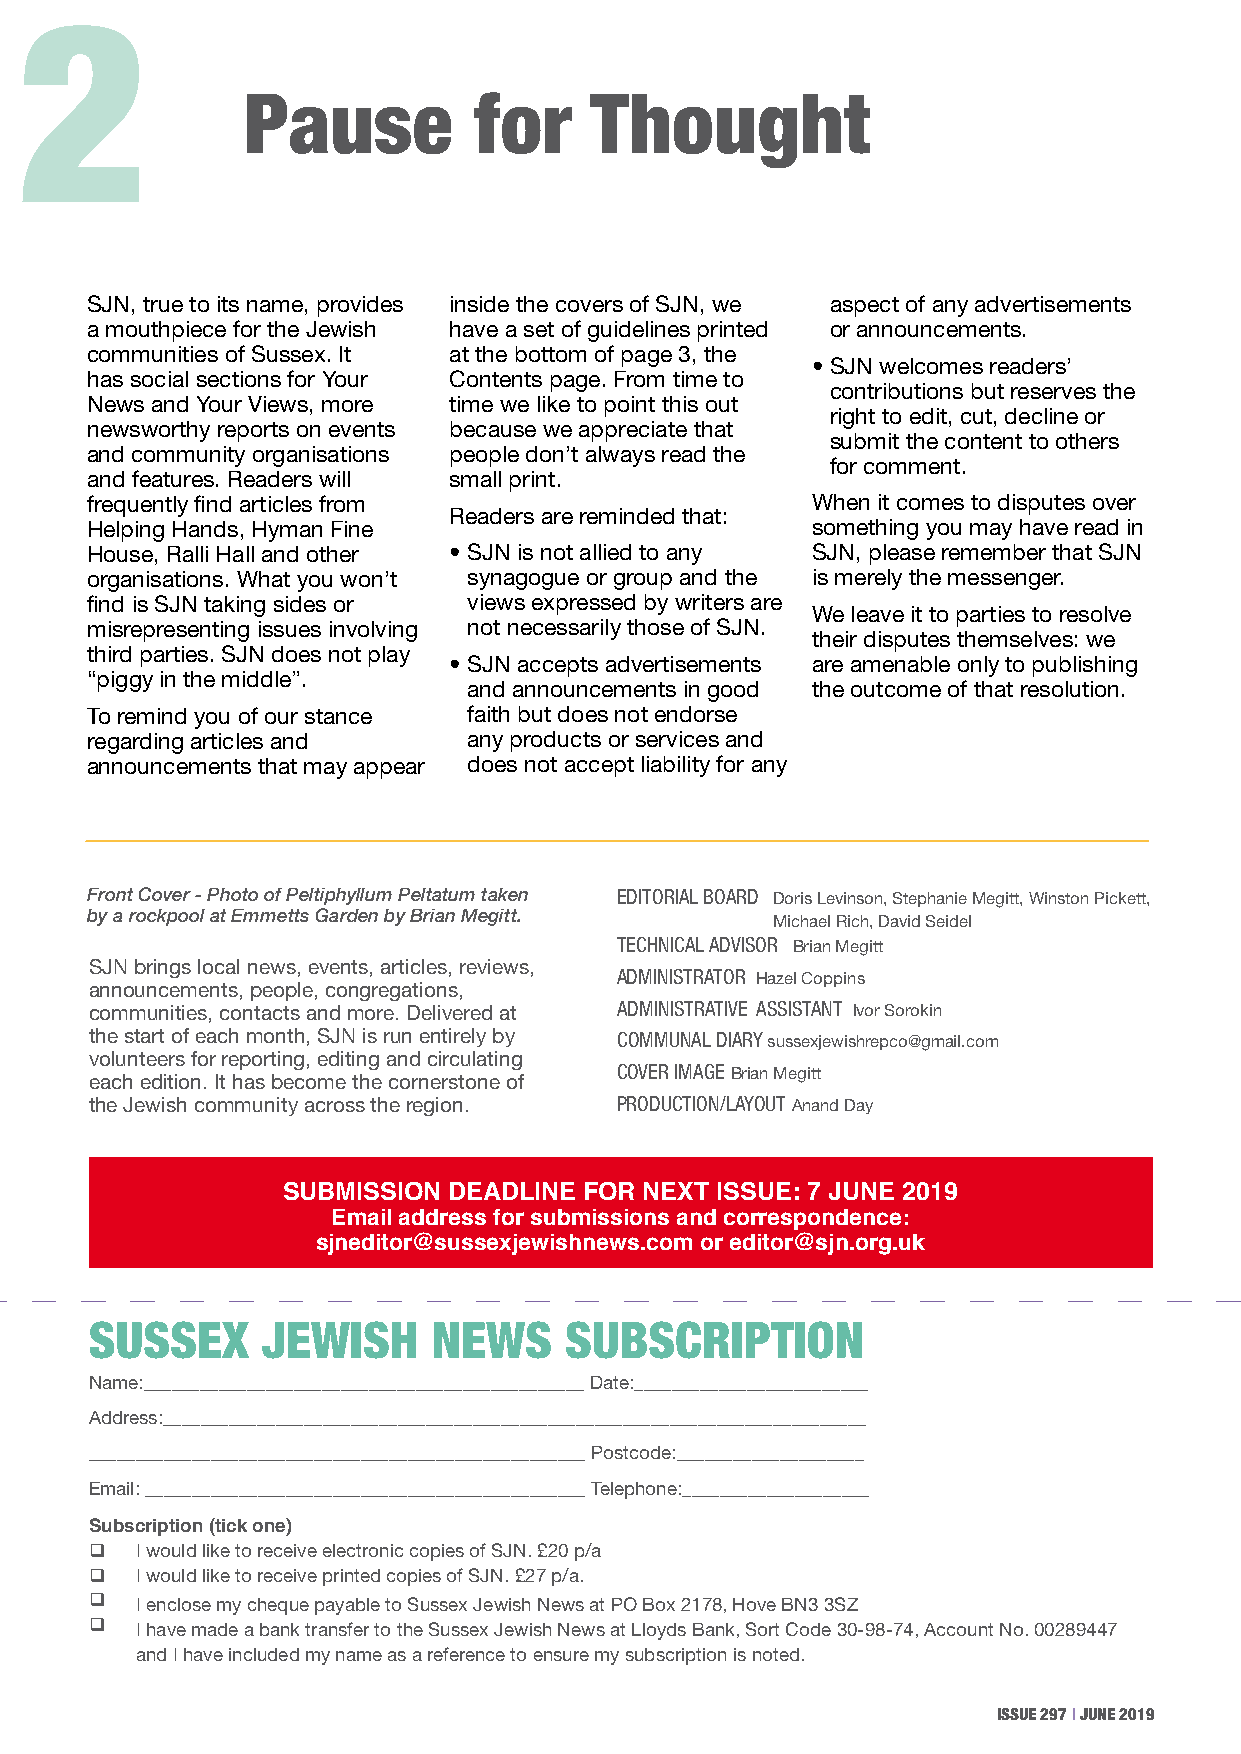
2                                                                                                                                                         3
 Pause          for     Thought
 SJN, true to its name, provides inside the covers of SJN, we aspect of any advertisements
 a mouthpiece for the Jewish have a set of guidelines printed or announcements.
 communities of Sussex. It at the bottom of page 3, the
 • SJN welcomes readers’
 has social sections for Your Contents page. From time to
 contributions but reserves the
 News and Your Views, more time we like to point this out
 right to edit, cut, decline or
 newsworthy reports on events because we appreciate that
 submit the content to others
 and community organisations people don’t always read the
 for comment.
 and features. Readers will small print.
 frequently find articles from                   When it comes to disputes over
 Readers are reminded that:
 Helping Hands, Hyman Fine                       something you may have read in
 House, Ralli Hall and other • SJN is not allied to any SJN, please remember that SJN
 organisations. What you won’t synagogue or group and the is merely the messenger.
 find is SJN taking sides or views expressed by writers are
 We leave it to parties to resolve
 misrepresenting issues involving not necessarily those of SJN.
 their disputes themselves: we
 third parties. SJN does not play
 • SJN accepts advertisements are amenable only to publishing
 “piggy in the middle”.
 and announcements in good the outcome of that resolution.
 To remind you of our stance faith but does not endorse
 regarding articles and   any products or services and
 announcements that may appear does not accept liability for any
 Front Cover - Photo of Peltiphyllum Peltatum taken EDITORIAL BOARD Doris Levinson, Stephanie Megitt, Winston Pickett,
 by a rockpool at Emmetts Garden by Brian Megitt. Michael Rich, David Seidel
 TECHNICAL ADVISOR Brian Megitt
 SJN brings local news, events, articles, reviews,
 ADMINISTRATOR Hazel Coppins
 announcements, people, congregations,
 communities, contacts and more. Delivered at ADMINISTRATIVE ASSISTANT Ivor Sorokin
 the start of each month, SJN is run entirely by COMMuNAL DIARy sussexjewishrepco@gmail.com
 volunteers for reporting, editing and circulating
 each edition. It has become the cornerstone of COVER IMAGE Brian Megitt
 the Jewish community across the region. PRODuCTION/LAyOuT Anand Day
 SUBMISSION DEADLINE FOR NEXT ISSUE: 7 JUNE 2019
 Email address for submissions and correspondence:
 sjneditor@sussexjewishnews.com or editor@sjn.org.uk
 SUSSEX     JEWISH      NEWS    SUBSCRIPTION
 Name:_______________________________________________ Date:_________________________
 Address:___________________________________________________________________________
 _____________________________________________________ Postcode:____________________
 Email: _______________________________________________ Telephone:____________________
 Subscription (tick one)
   I would like to receive electronic copies of SJN. £20 p/a
   I would like to receive printed copies of SJN. £27 p/a.
   I enclose my cheque payable to Sussex Jewish News at PO Box 2178, Hove BN3 3SZ
   I have made a bank transfer to the Sussex Jewish News at Lloyds Bank, Sort Code 30-98-74, Account No. 00289447
 and I have included my name as a reference to ensure my subscription is noted.
 issue 297 | june 2019